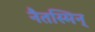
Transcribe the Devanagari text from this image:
नैतस्मिन्